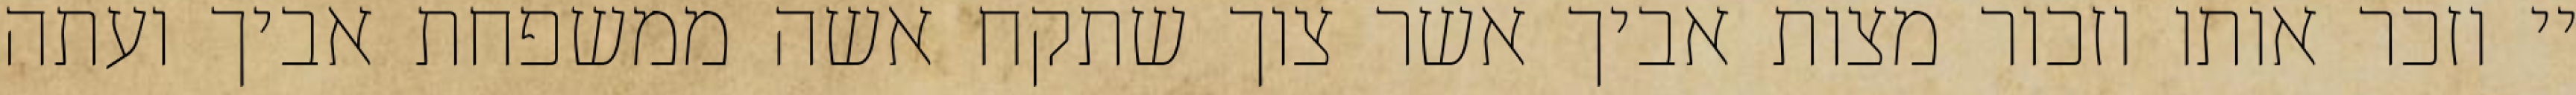
יי וזכר אותו וזכור מצות אביך אשר צוך שתקח אשה ממשפחת אביך ועתה